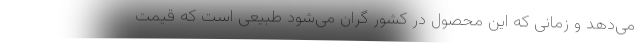
می‌دهد و زمانی که این محصول در کشور گران می‌شود طبیعی است که قیمت